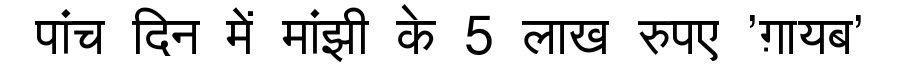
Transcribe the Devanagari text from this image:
पांच दिन में मांझी के 5 लाख रुपए 'ग़ायब'